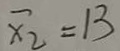
\overline { x _ { 2 } } = 1 3